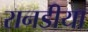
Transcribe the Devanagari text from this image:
रानडीया